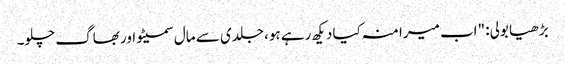
بڑھیا بولی: "اب میرا منہ کیا دیکھ رہے ہو، جلدی سے مال سمیٹو اور بھاگ چلو۔